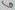
Text: 6